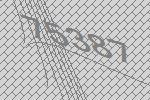
75387